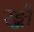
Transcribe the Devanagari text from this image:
रङ्को